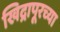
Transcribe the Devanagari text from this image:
खिद्रापूरच्या